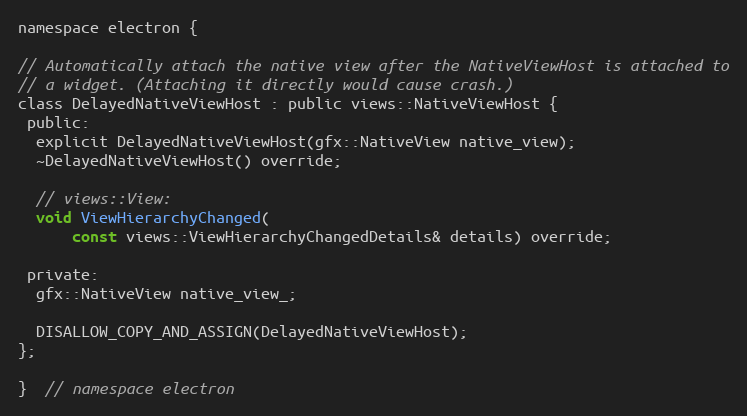
Language: C
namespace electron {

// Automatically attach the native view after the NativeViewHost is attached to
// a widget. (Attaching it directly would cause crash.)
class DelayedNativeViewHost : public views::NativeViewHost {
 public:
  explicit DelayedNativeViewHost(gfx::NativeView native_view);
  ~DelayedNativeViewHost() override;

  // views::View:
  void ViewHierarchyChanged(
      const views::ViewHierarchyChangedDetails& details) override;

 private:
  gfx::NativeView native_view_;

  DISALLOW_COPY_AND_ASSIGN(DelayedNativeViewHost);
};

}  // namespace electron